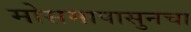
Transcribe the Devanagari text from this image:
मोसमापासुनचा